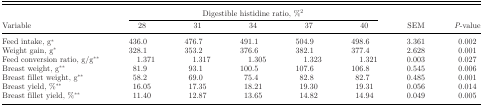
|  | <COLSPAN=5> Digestible histidine ratio, %2 |  |  |
 | Variable | 28 | 31 | 34 | 37 | 40 | SEM | P-value |
 | --- | --- | --- | --- | --- | --- | --- | --- |
 | Feed intake, g* | 436.0 | 476.7 | 491.1 | 504.9 | 498.6 | 3.361 | 0.002 |
 | Weight gain, g* | 328.1 | 353.2 | 376.6 | 382.1 | 377.4 | 2.628 | 0.001 |
 | Feed conversion ratio, g/g** | 1.371 | 1.317 | 1.305 | 1.323 | 1.321 | 0.003 | 0.027 |
 | Breast weight, g** | 81.9 | 93.1 | 100.5 | 107.6 | 106.8 | 0.545 | 0.006 |
 | Breast fillet weight, g** | 58.2 | 69.0 | 75.4 | 82.8 | 82.7 | 0.485 | 0.001 |
 | Breast yield, %** | 16.05 | 17.35 | 18.21 | 19.30 | 19.31 | 0.056 | 0.014 |
 | Breast fillet yield, %** | 11.40 | 12.87 | 13.65 | 14.82 | 14.94 | 0.049 | 0.005 |